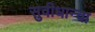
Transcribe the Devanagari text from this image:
सुवीधान्चा